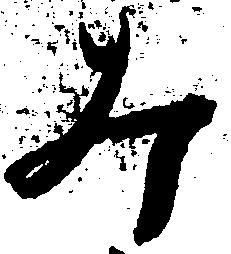
み